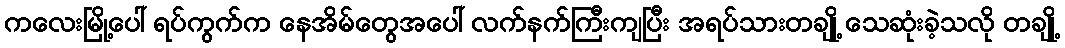
ကလေးမြို့ပေါ် ရပ်ကွက်က နေအိမ်တွေအပေါ် လက်နက်ကြီးကျပြီး အရပ်သားတချို့ သေဆုံးခဲ့သလို တချို့